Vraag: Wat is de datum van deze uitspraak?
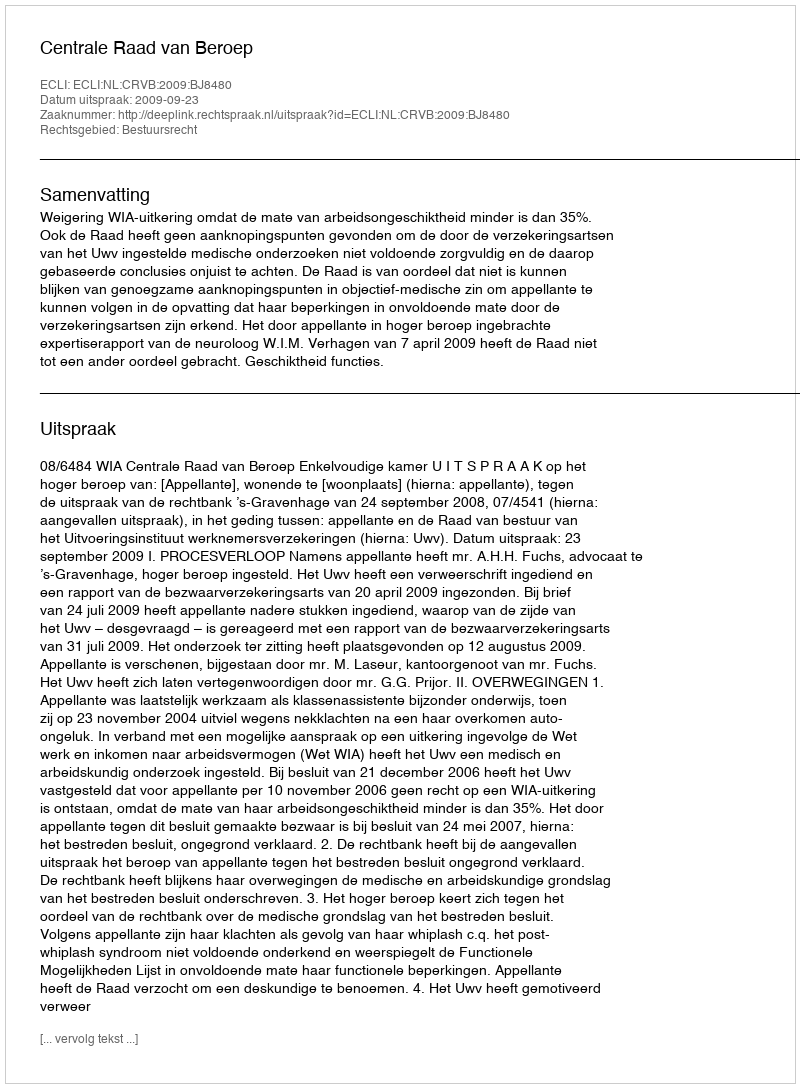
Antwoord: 2009-09-23